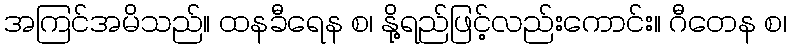
အကြင်အမိသည်။ ထနခီရေန စ၊ နို့ရည်ဖြင့်လည်းကောင်း။ ဂီတေန စ၊